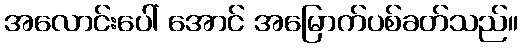
အလောင်းပေါ် အောင် အမြောက်ပစ်ခတ်သည်။